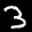
Label: 3